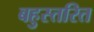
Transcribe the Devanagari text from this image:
बहुस्तरित